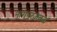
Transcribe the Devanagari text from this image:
नागपूरजवळ